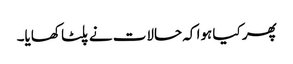
پھر کیا ہوا کہ حالات نے پلٹا کھایا۔